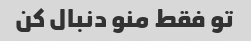
تو فقط منو دنبال کن